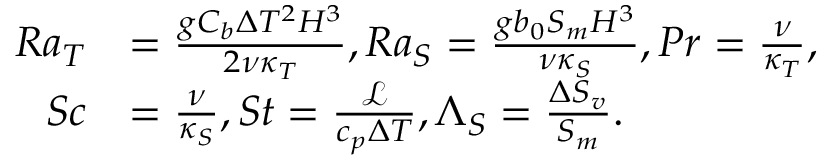
\begin{array} { r l } { R a _ { T } } & { = \frac { g C _ { b } \Delta T ^ { 2 } H ^ { 3 } } { 2 \nu \kappa _ { T } } , R a _ { S } = \frac { g b _ { 0 } S _ { m } H ^ { 3 } } { \nu \kappa _ { S } } , P r = \frac { \nu } { \kappa _ { T } } , } \\ { S c } & { = \frac { \nu } { \kappa _ { S } } , S t = \frac { \mathcal { L } } { c _ { p } \Delta T } , \Lambda _ { S } = \frac { \Delta S _ { v } } { S _ { m } } . } \end{array}